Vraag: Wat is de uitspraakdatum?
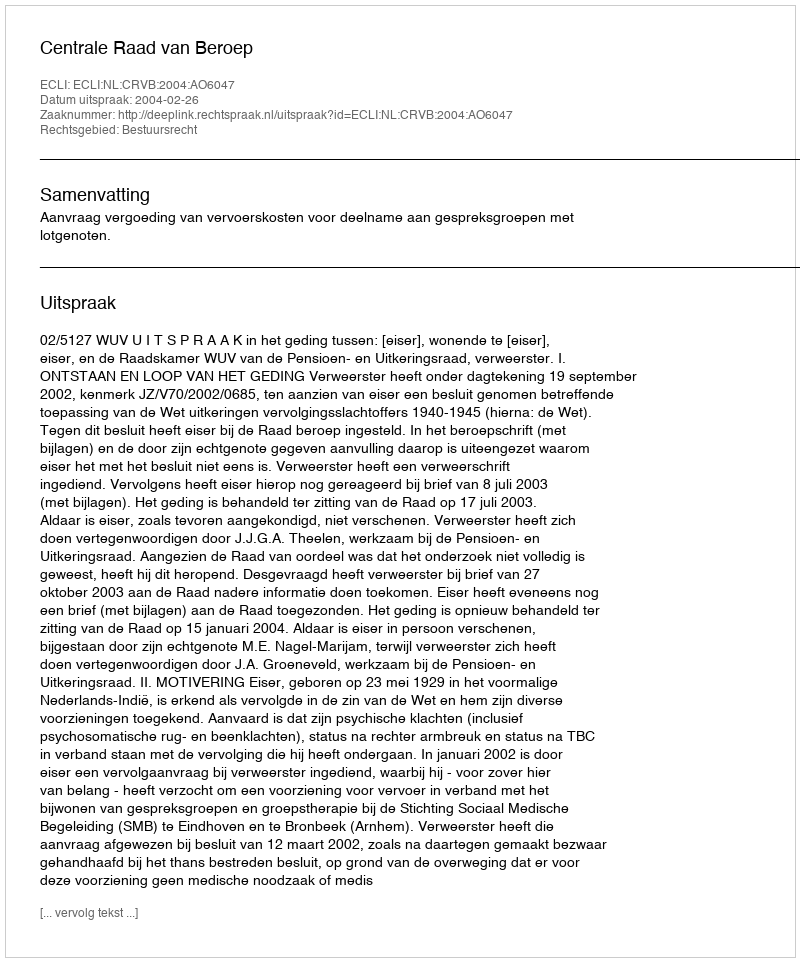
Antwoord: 2004-02-26